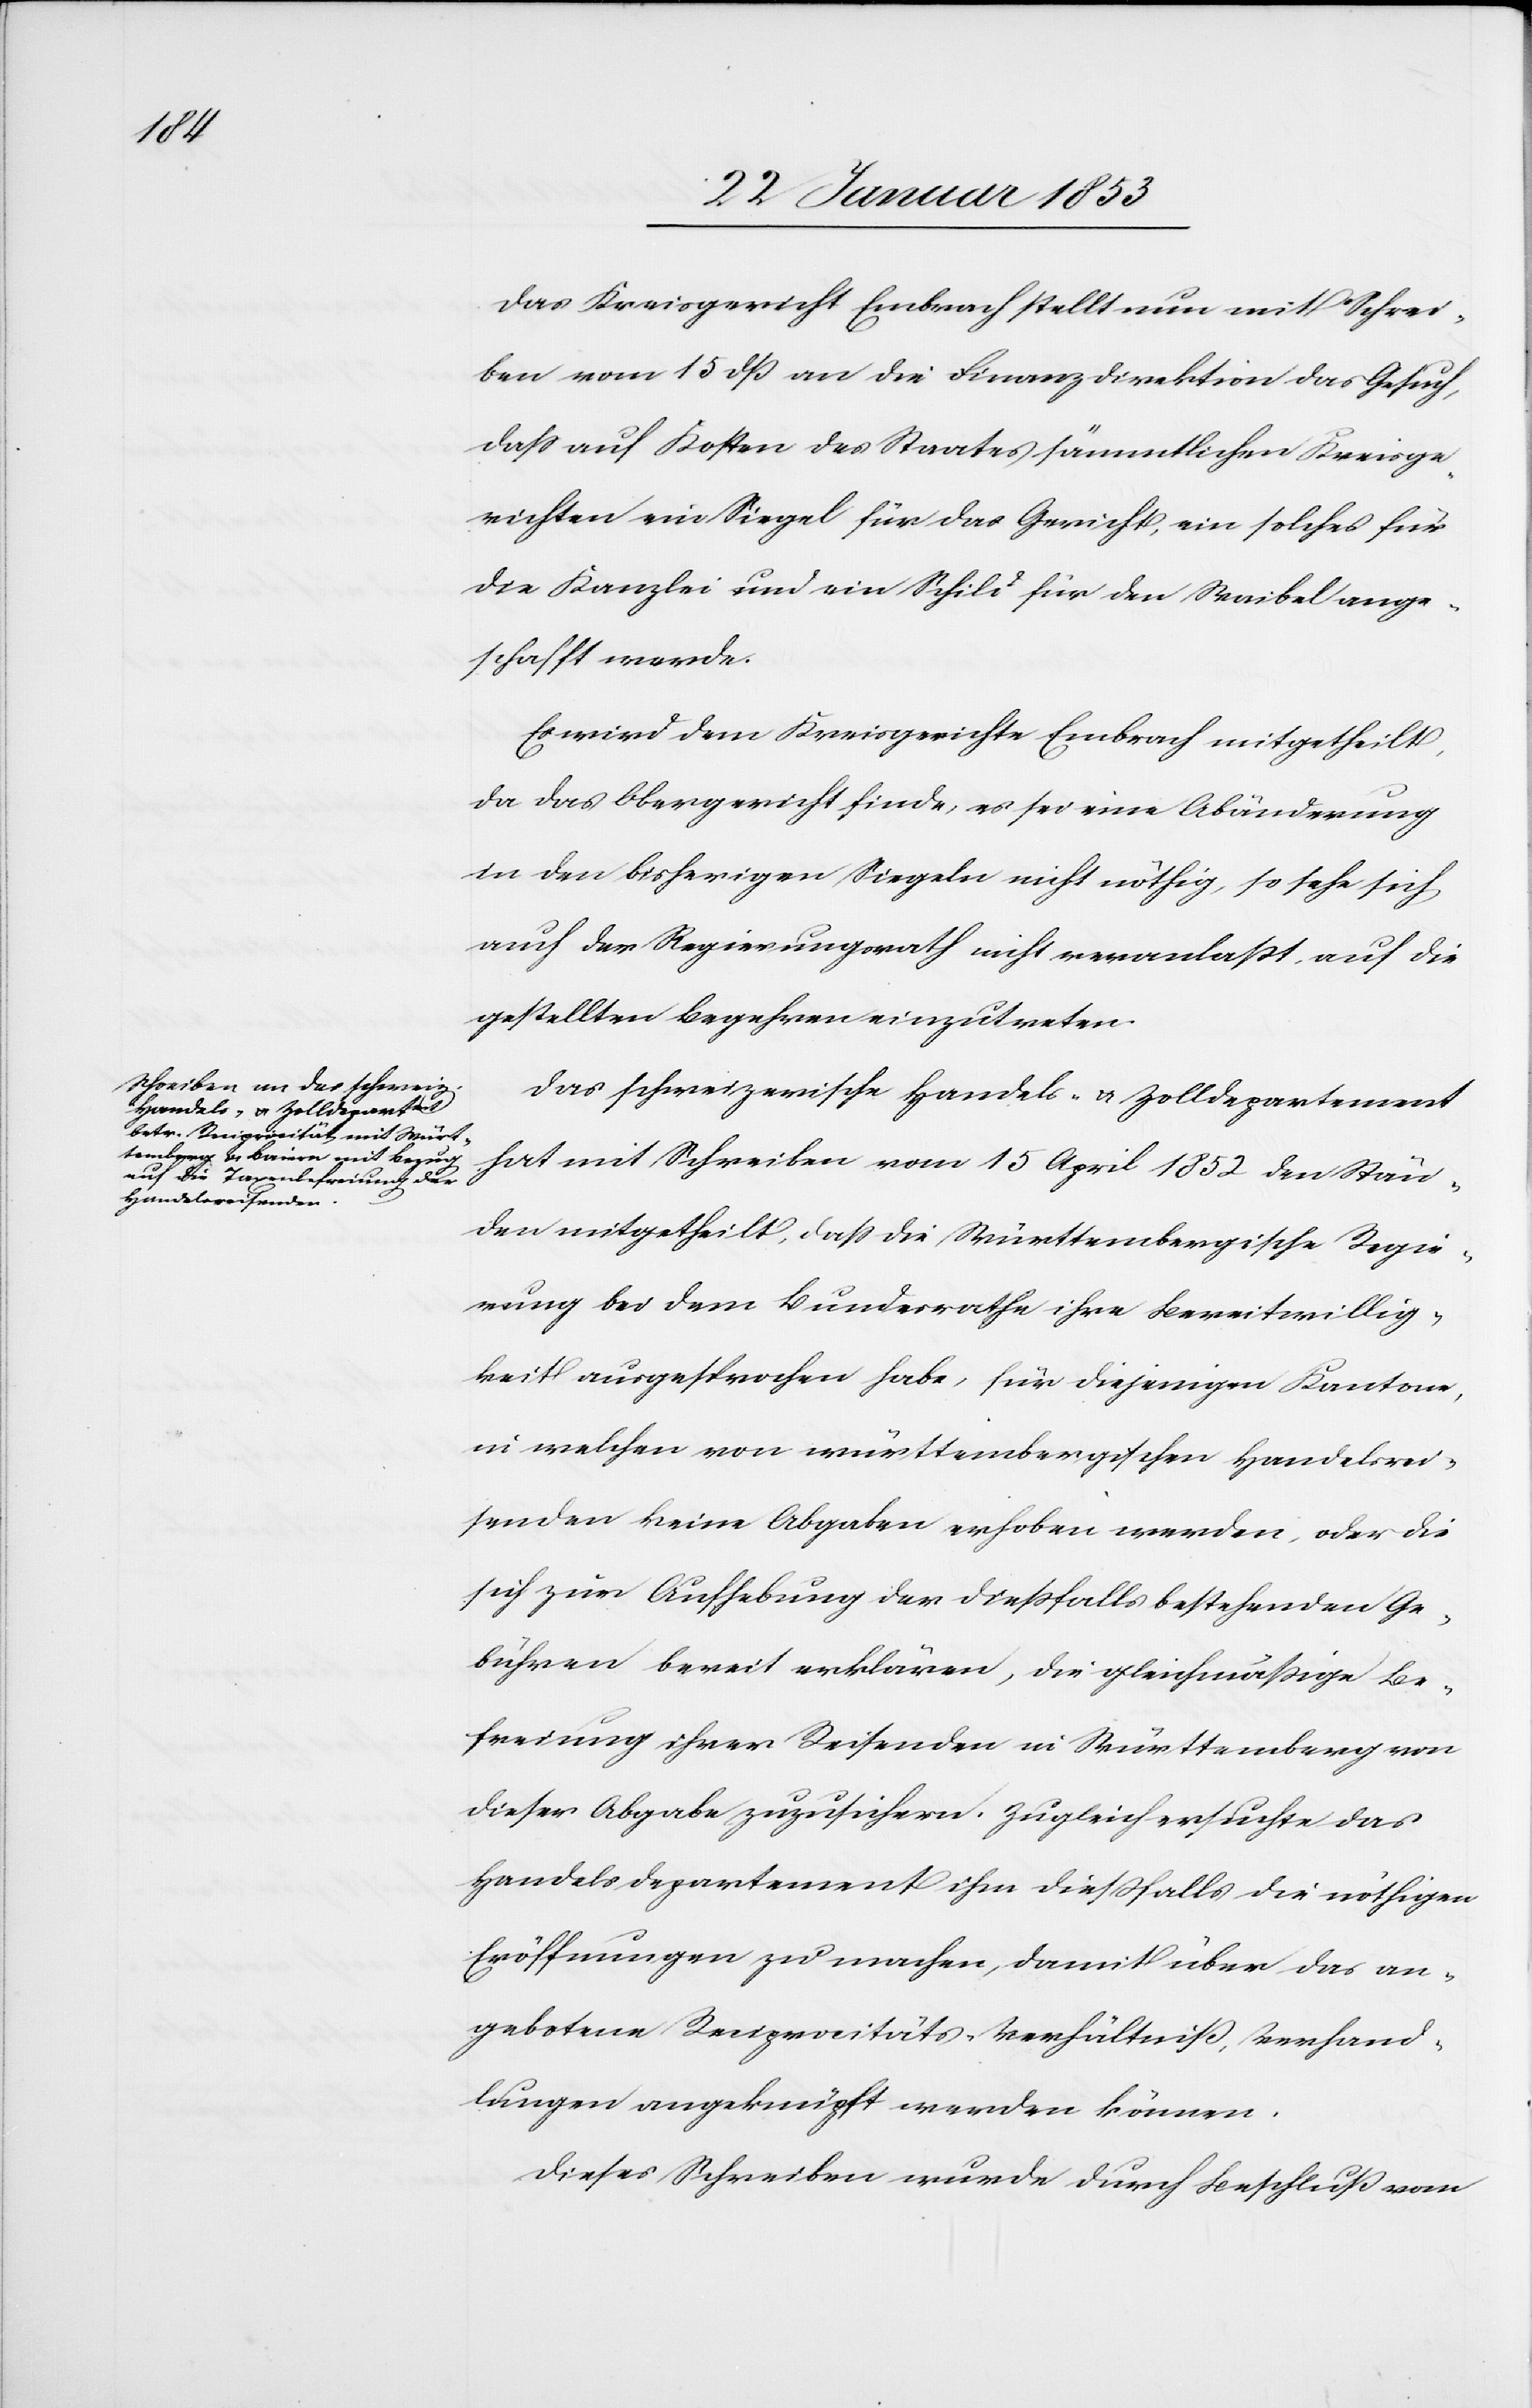
Das Kreisgericht Embrach stellt nun mit Schrei¬
ben vom 15 dß an die Finanzdirektion das Gesuch,
daß auf Kosten des Staates sämmtlichen Kreisge¬
richten ein Siegel für das Gericht, ein solches für
die Kanzlei und ein Schild für den Waibel ange¬
schafft werde.
Es wird dem Kreisgerichte Embrach mitgetheilt,
da das Obergericht finde, es sei eine Abänderung
in den bisherigen Siegeln nicht nöthig, so sehe sich,
auch der Regierungsrath nicht veranlaßt auf die
gestellten Begehren einzutreten.
Das schweizerische Handels- und Zolldepartement
hat mit Schreiben vom 15 April 1852 den Stän¬
den mitgetheilt, daß die Württembergische Regie¬
rung bei dem Bundesrathe ihre Bereitwillig¬
keit ausgesprochen habe, für diejenigen Kantone,
in welchen von württembergischen Handelsrei¬
senden keine Abgaben erhoben werden, oder die
sich zur Aufhebung der dießfalls bestehenden Ge¬
bühren bereit erklären, die gleichmäßige Be¬
freiung ihrer Reisenden in Württemberg von
dieser Abgaben zuzusichern. Zugleich ersuchte das
Handelsdepartement ihm dießfalls die nöthigen
Eröffnungen zu machen, damit über das an¬
gebotene Reciprocitäts-Verhältniß, Verhand¬
lungen angeknüpft werden können.
Dieses Schreiben wurde durch Beschluß vom